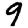
Digit: 9